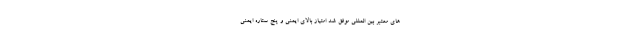
های معتبر بین المللی موفق شد امتیاز بالای ایمنی و پنج ستاره ایمنی